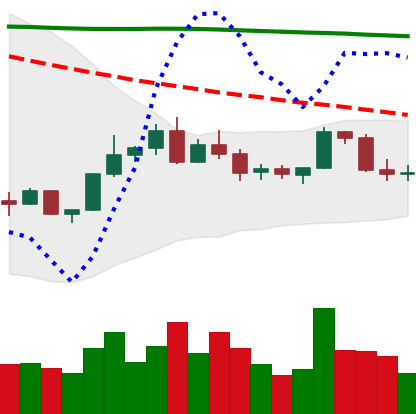
Ticker: BNB-USD
Chart end date: 2022-02-19
Forward return: -9.701%
Label: down_7plus